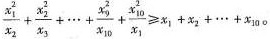
$$\frac{ x _ { 1 }^{ 2 }}{ x _ { 2 }}+ \frac{ x _{ 2 }^{ 2 }}{ x _ { 3 }}+ … + \frac{ x _ { 9 }^{ 2 }}{ x _ { 1 0 }}+ \frac{ x _ { 1 0 }^{ 2 }}{ x _ { 1 }}\geqslant x _ { 1 }+ x _ { 2 }+ x _{ 1 0 }$$